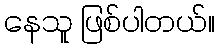
နေသူ ဖြစ်ပါတယ်။